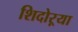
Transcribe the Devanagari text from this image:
शिदोऱ्या